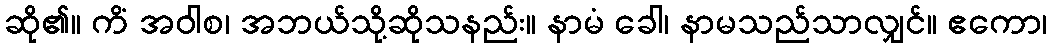
ဆို၏။ ကိံ အဝါစ၊ အဘယ်သို့ဆိုသနည်း။ နာမံ ခေါ၊ နာမသည်သာလျှင်။ ဧကော၊